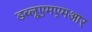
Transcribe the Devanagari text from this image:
डब्लूएमएमआर